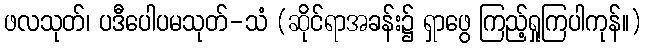
ဖလသုတ်၊ ပဒီပေါပမသုတ်-သံ (ဆိုင်ရာအခန်း၌ ရှာဖွေ ကြည့်ရှုကြပါကုန်။)